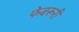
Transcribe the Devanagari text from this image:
फेबरूरी